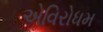
એવિરોધમ